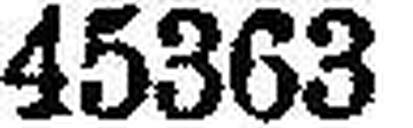
45363